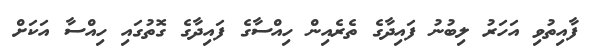
ފާއިތުވި އަހަރު ލިބުނު ފައިދާގެ ތެރެއިން ހިއްސާގެ ފައިދާގެ ގޮތުގައި ހިއްސާ އަކަށް